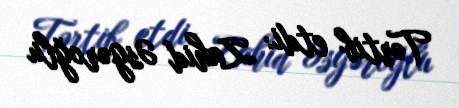
Tərtib etdi: Zahid Əsgəroğlu